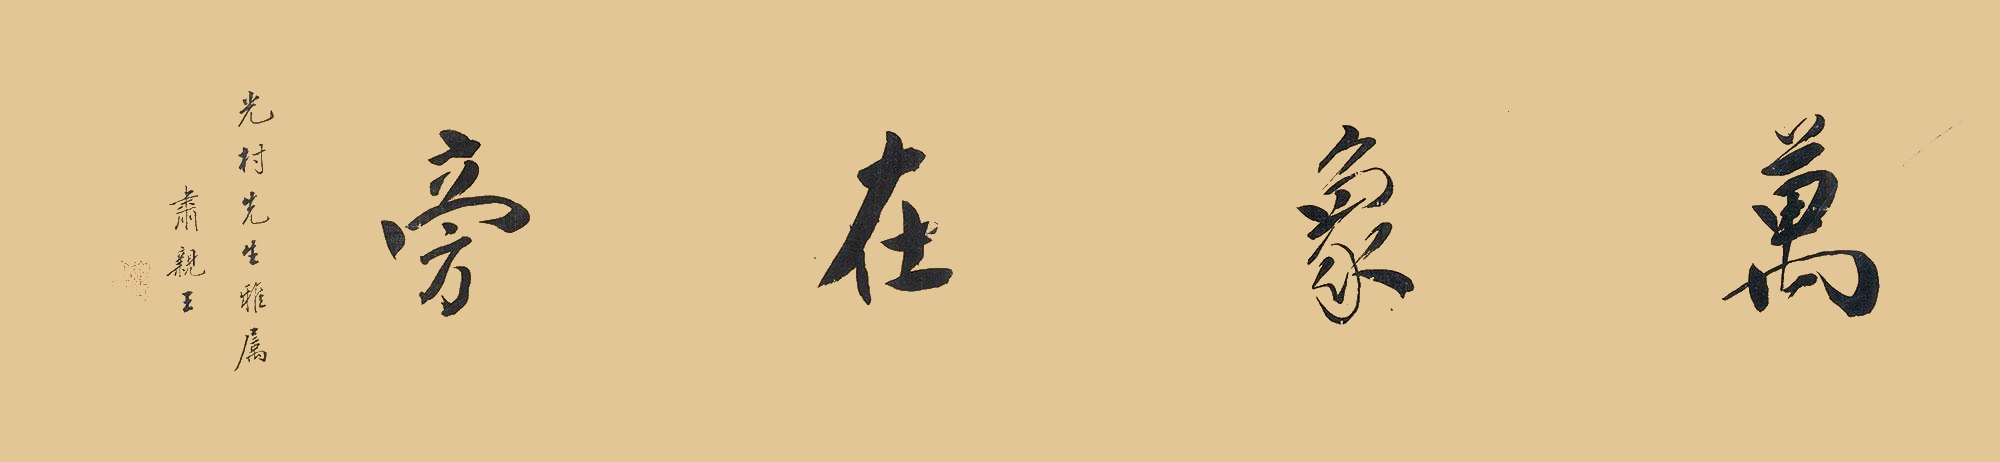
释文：万象在旁。光村先生雅属，肃亲王。